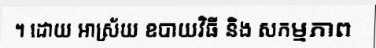
។ ដោយ ឤស្រ័យ ឧបាយវិធី និង សកម្មភាព